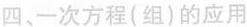
四、一次方程(组)的应用